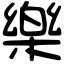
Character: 樂